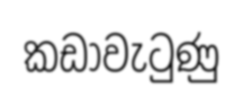
කඩාවැටුණු